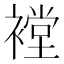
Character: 𰴇